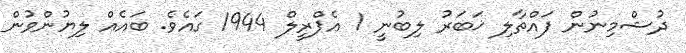
ދުޝްމިނުން ފައްތާލި ޚަބަރު ލިބުނީ 1 އެޕްރީލް 1944 ގައެވެ. ބައެއް ލިޔުންވުން